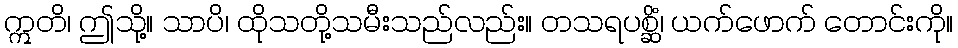
ဣတိ၊ ဤသို့။ သာပိ၊ ထိုသတို့သမီးသည်လည်း။ တသရပစ္ဆိံ၊ ယက်ဖောက် တောင်းကို။